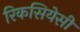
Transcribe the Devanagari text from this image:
रिकसियेसी